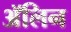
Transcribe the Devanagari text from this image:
ॲलिन